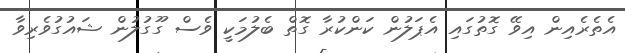
އެތެރެއިން އިވޭ ގޮތުގައި އެޕަލުން ކަންކުރާ ގޮތް ބެލުމަކީ ވެސް ގޫގުލުން ޝައުގުވެރިވާ